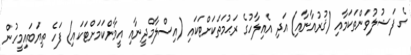
ގެ ފަޟުލުވަންތަކަމާއި (ޤުރުއާނާއި) އަދި އެއިލާހުގެ ރަޙުމަތަކަށްޓަކައި (އިސްލާމްދީނާއި އީމާންކަމަށްޓަކައި) ފަހެ ތިޔަބައިމީހުން